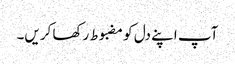
آپ اپنے دل کو مضبوط رکھا کریں۔